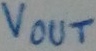
Text: Vout